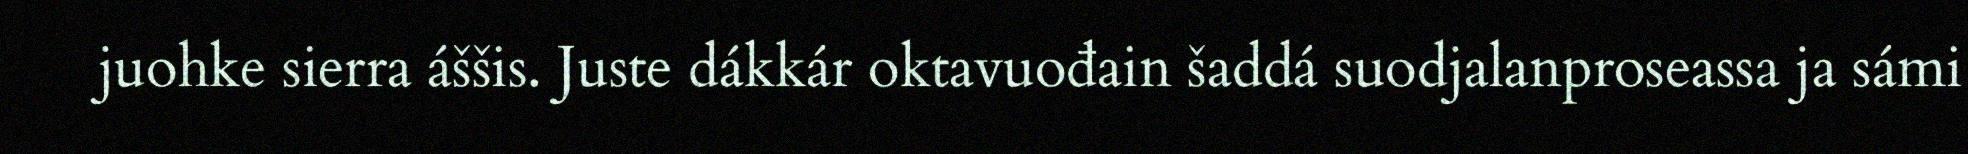
juohke sierra áššis. Juste dákkár oktavuođain šaddá suodjalanproseassa ja sámi